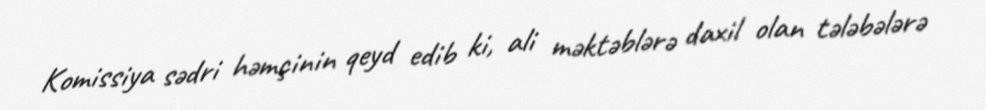
Komissiya sədri həmçinin qeyd edib ki, ali məktəblərə daxil olan tələbələrə